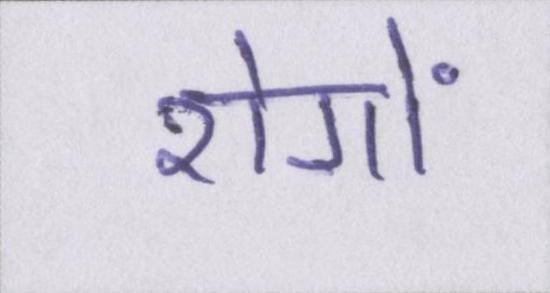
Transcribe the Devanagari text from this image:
रोगों